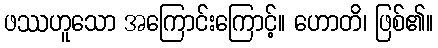
ဖဿဟူသော အကြောင်းကြောင့်။ ဟောတိ၊ ဖြစ်၏။